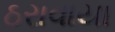
ઠરાવાયા